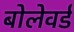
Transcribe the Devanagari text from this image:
बोलेवर्ड